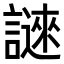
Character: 𬣆